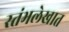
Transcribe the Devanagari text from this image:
स्तंभलेखात